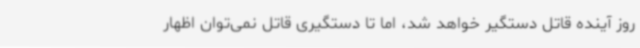
روز آینده قاتل دستگیر خواهد شد، اما تا دستگیری قاتل نمی‌توان اظهار